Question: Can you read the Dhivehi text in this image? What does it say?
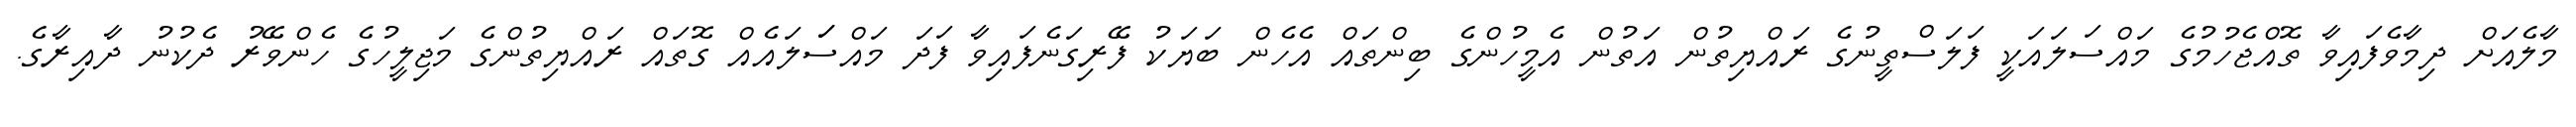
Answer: މާލެއަށް ދިމާވެފައިވާ ތޮއްޖެހުމުގެ މައްސަލައަކީ ފަލަސްތީނުގެ ރައްޔިތުން އަތުން އެމީހުންގެ ބިންތައް އެހެން ބަޔަކު ފޭރިގަނެފައިވާ ފަދަ މައްސަަލައެއް ގޮތައް ރައްޔިތުންގެ މަޖިލީހުގެ ހެންވޭރު ދެކުނު ދާއިރާގެ.